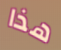
هذا